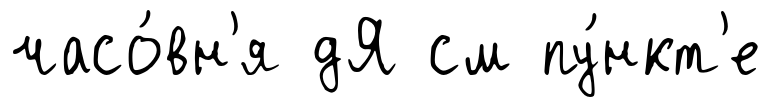
часо́вн'я дЯ см пу́нкт'е